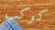
كوكب